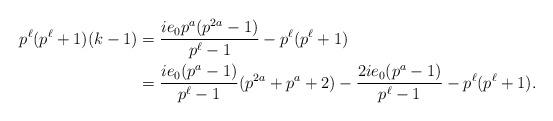
LaTeX: \begin{align*}p^\ell(p^\ell+1)(k-1) & =\frac{ie_0p^a(p^{2a}-1)}{p^{\ell}-1}-p^\ell (p^\ell+1)\\ & =\frac{ie_0(p^a-1)}{p^{\ell}-1}(p^{2a}+p^a+2)-\frac{2ie_0(p^a-1)}{p^{\ell}-1}-p^\ell(p^\ell+1).\end{align*}